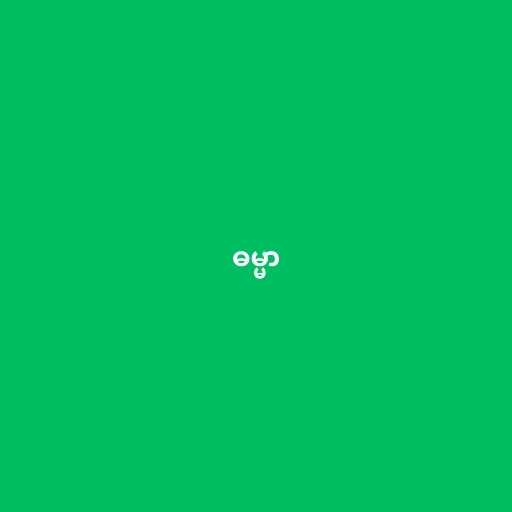
ဓမ္မာ